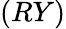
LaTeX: (RY)